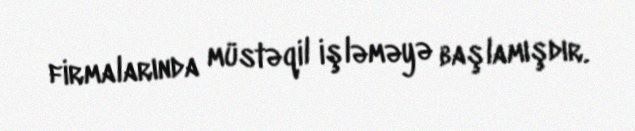
firmalarında müstəqil işləməyə başlamışdır.